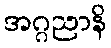
အဂ္ဂညာနိ